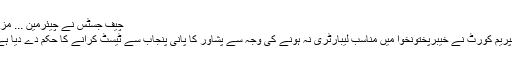
چیف جسٹس نے چیئرمین ... مزید
سپریم کورٹ نے خیبرپختونخوا میں مناسب لیبارٹری نہ ہونے کی وجہ سے پشاور کا پانی پنجاب سے ٹیسٹ کرانے کا حکم دے دیا ہے۔